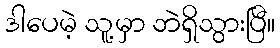
ဒါပေမဲ့ သူ့မှာ ဘဲရှိသွားပြီ။